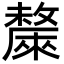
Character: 斄